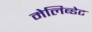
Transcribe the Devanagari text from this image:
मेलिब्डेट